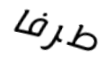
طرفا